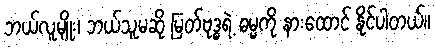
ဘယ်လူမျိုး၊ ဘယ်သူမဆို မြတ်ဗုဒ္ဓရဲ့ ဓမ္မကို နားထောင် နိုင်ပါတယ်။